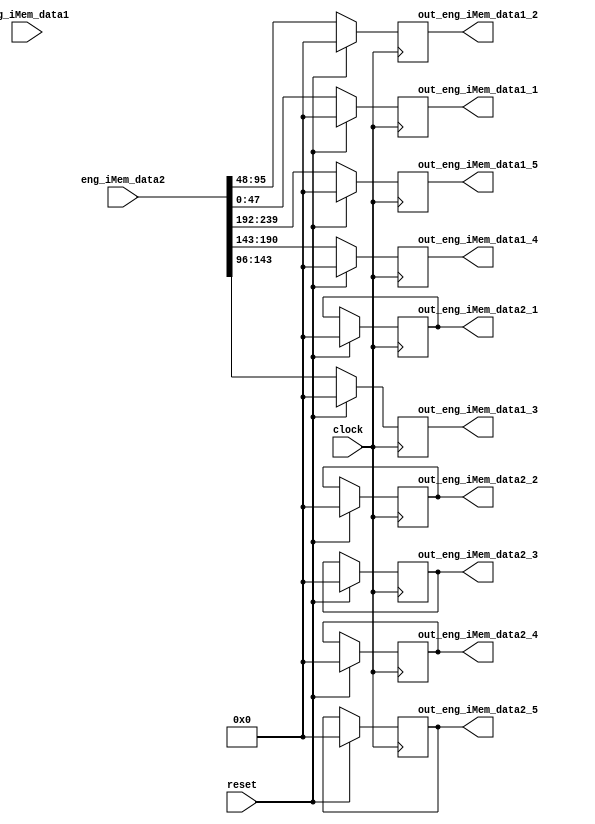
//`timescale 1ns/10ps
module Engine (clock, reset, 
	    eng_iMem_data1 ,eng_iMem_data2 ,

	 	out_eng_iMem_data1_1,out_eng_iMem_data1_2,out_eng_iMem_data1_3,
                        out_eng_iMem_data1_4,out_eng_iMem_data1_5,
	 	out_eng_iMem_data2_1,out_eng_iMem_data2_2,out_eng_iMem_data2_3,
                        out_eng_iMem_data2_4,out_eng_iMem_data2_5
		);


	input 			clock;
	input				reset; 
	input 	[239:0] 	eng_iMem_data1,eng_iMem_data2;

	output 	[47:0] 	out_eng_iMem_data1_1,out_eng_iMem_data1_2,out_eng_iMem_data1_3,
                        out_eng_iMem_data1_4,out_eng_iMem_data1_5;
	output 	[47:0] 	out_eng_iMem_data2_1,out_eng_iMem_data2_2,out_eng_iMem_data2_3,
                        out_eng_iMem_data2_4,out_eng_iMem_data2_5;

	reg [47:0] 	out_eng_iMem_data1_1,out_eng_iMem_data1_2,out_eng_iMem_data1_3,
                        out_eng_iMem_data1_4,out_eng_iMem_data1_5;
	reg [47:0] 	out_eng_iMem_data2_1,out_eng_iMem_data2_2,out_eng_iMem_data2_3,
                        out_eng_iMem_data2_4,out_eng_iMem_data2_5;

// Flip-flops


	// Note the following code.  It is a direct and ugly description
	// of a demux.  But being direct, it is likely to yield smaller
	// logic than a more elegant version
	
	always@(posedge clock) begin
		if (reset) begin 
         out_eng_iMem_data1_1 <= 0; 
         out_eng_iMem_data1_2 <= 0; 
         out_eng_iMem_data1_3 <= 0; 
         out_eng_iMem_data1_4 <= 0; 
         out_eng_iMem_data1_5 <= 0; 
         out_eng_iMem_data2_1 <= 0; 
         out_eng_iMem_data2_2 <= 0; 
         out_eng_iMem_data2_3 <= 0; 
         out_eng_iMem_data2_4 <= 0; 
         out_eng_iMem_data2_5 <= 0; 
		end
		else begin
         out_eng_iMem_data1_1 <= eng_iMem_data1[47:0]; 
         out_eng_iMem_data1_2 <= eng_iMem_data1[95:48]; 
         out_eng_iMem_data1_3 <= eng_iMem_data1[143:96]; 
         out_eng_iMem_data1_4 <= eng_iMem_data1[191:143]; 
         out_eng_iMem_data1_5 <= eng_iMem_data1[239:192]; 
         out_eng_iMem_data1_1 <= eng_iMem_data2[47:0]; 
         out_eng_iMem_data1_2 <= eng_iMem_data2[95:48]; 
         out_eng_iMem_data1_3 <= eng_iMem_data2[143:96]; 
         out_eng_iMem_data1_4 <= eng_iMem_data2[191:143]; 
         out_eng_iMem_data1_5 <= eng_iMem_data2[239:192]; 
	  	end
	end
	 
endmodule